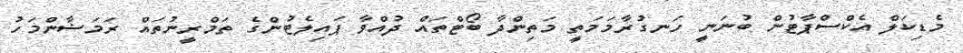
މެޑިކަލް އެކްސްޕާޓުން ބުނަނީ ހަނގުރާމަމަތީ މަތިންދާ ބޯޓްތައް ދުއްވާ ޕައިލެޓުންގެ ތަމްރީނުތައް ރަމަޟާންމަހު